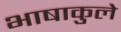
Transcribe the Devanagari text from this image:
भाषाकुले